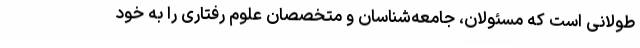
طولانی است که مسئولان، جامعه‌شناسان و متخصصان علوم رفتاری را به خود